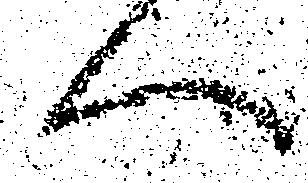
へ